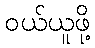
ဝယ်ယူဖို့